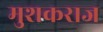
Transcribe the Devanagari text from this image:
मुशकराज